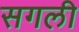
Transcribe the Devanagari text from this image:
सगली